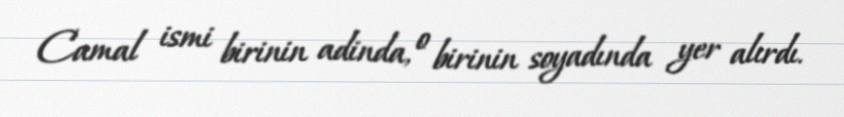
Camal ismi birinin adinda, o birinin soyadında yer alırdı.